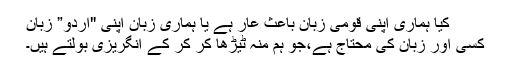
کیا ہماری اپنی قومی زبان باعث عار ہے یا ہماری زبان اپنی "اردو” زبان
کسی اور زبان کی محتاج ہے،جو ہم منہ ٹیڑھا کر کر کے انگریزی بولتے ہیں۔